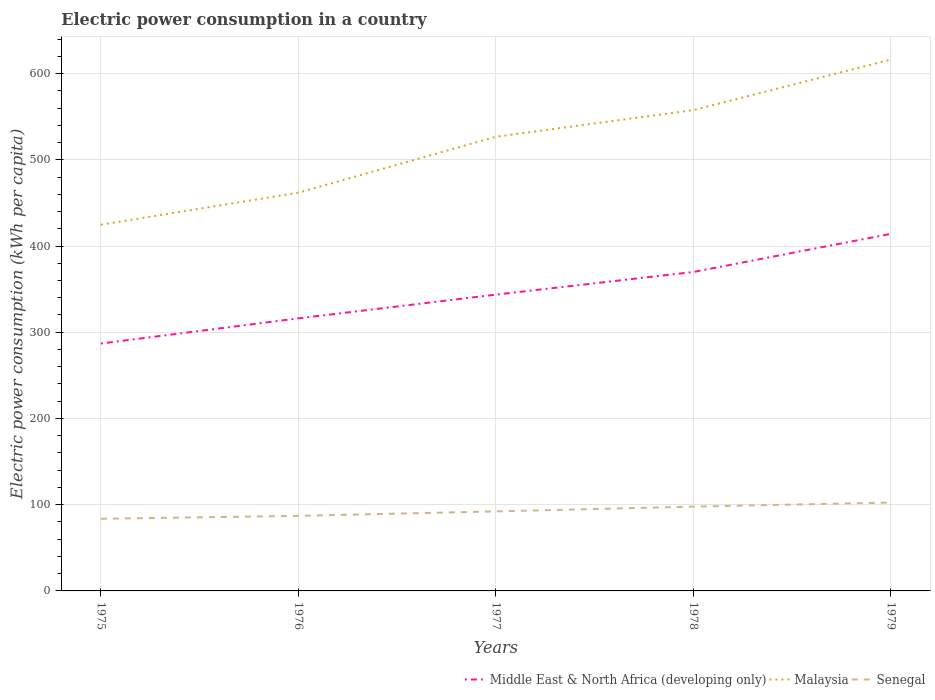
| Years | Middle East & North Africa (developing only) | Malaysia | Senegal |
 | --- | --- | --- | --- |
 | 1975 | 287 | 425 | 83.7 |
 | 1976 | 316 | 462 | 87 |
 | 1977 | 344 | 527 | 92.2 |
 | 1978 | 370 | 558 | 97.7 |
 | 1979 | 414 | 616 | 103 |